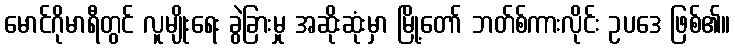
မောင်ဂိုမာရီတွင် လူမျိုးရေး ခွဲခြားမှု အဆိုးဆုံးမှာ မြို့တော် ဘတ်စ်ကားလိုင်း ဥပဒေ ဖြစ်၏။